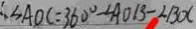
\angle A O C = 3 6 0 ^ { \circ } - \angle A O B - \angle B O C